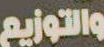
والتوزيع